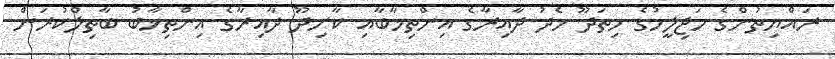
ރައްޔިތުންގެ މަޖިލީހުގެ ހިތަދޫ މެދު ދާއިރާގެ އިންތިޚާބާއި ކާށިދޫ ދާއިރާގެ އިންތިޚާބު ބާތިލްކުރަން